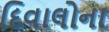
દિવાલોના